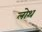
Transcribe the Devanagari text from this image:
लोथ